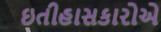
ઇતીહાસકારોએ